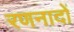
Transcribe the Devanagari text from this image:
रणनादों